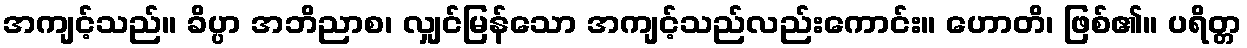
အကျင့်သည်။ ခိပ္ပာ အဘိညာစ၊ လျှင်မြန်သော အကျင့်သည်လည်းကောင်း။ ဟောတိ၊ ဖြစ်၏။ ပရိတ္တ